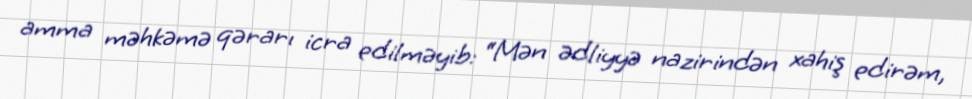
amma məhkəmə qərarı icra edilməyib: “Mən ədliyyə nazirindən xahiş edirəm,